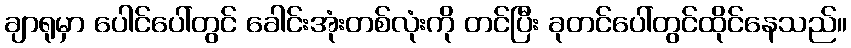
ချာရုမှာ ပေါင်ပေါ်တွင် ခေါင်းအုံးတစ်လုံးကို တင်ပြီး ခုတင်ပေါ်တွင်ထိုင်နေသည်။